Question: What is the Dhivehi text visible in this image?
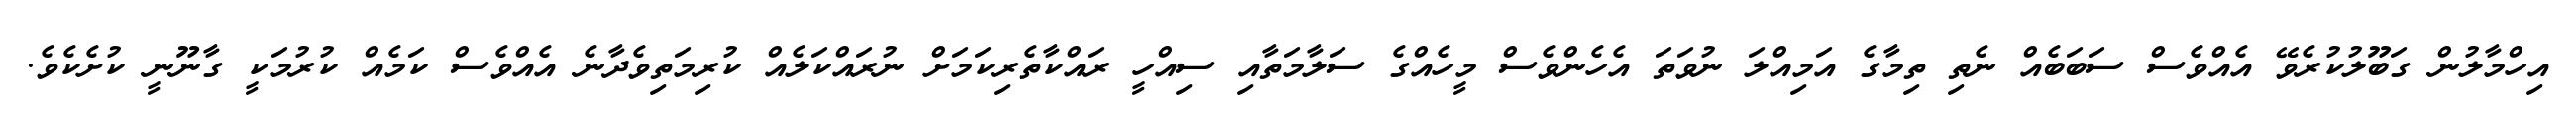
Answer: އިހްމާލުން ގަބޫލުކުރެވޭ އެއްވެސް ސަބަބެއް ނެތި ތިމާގެ އަމިއްލަ ނުވަތަ އެހެންވެސް މީހެއްގެ ސަލާމަތާއި ސިއްހީ ރައްކާތެރިކަމަށް ނުރައްކަލެއް ކުރިމަތިވެދާނެ އެއްވެސް ކަމެއް ކުރުމަކީ ގާނޫނީ ކުށެކެވެ.